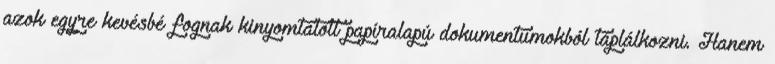
azok egyre kevésbé fognak kinyomtatott papíralapú dokumentumokból táplálkozni. Hanem